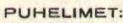
PUHELIMET: